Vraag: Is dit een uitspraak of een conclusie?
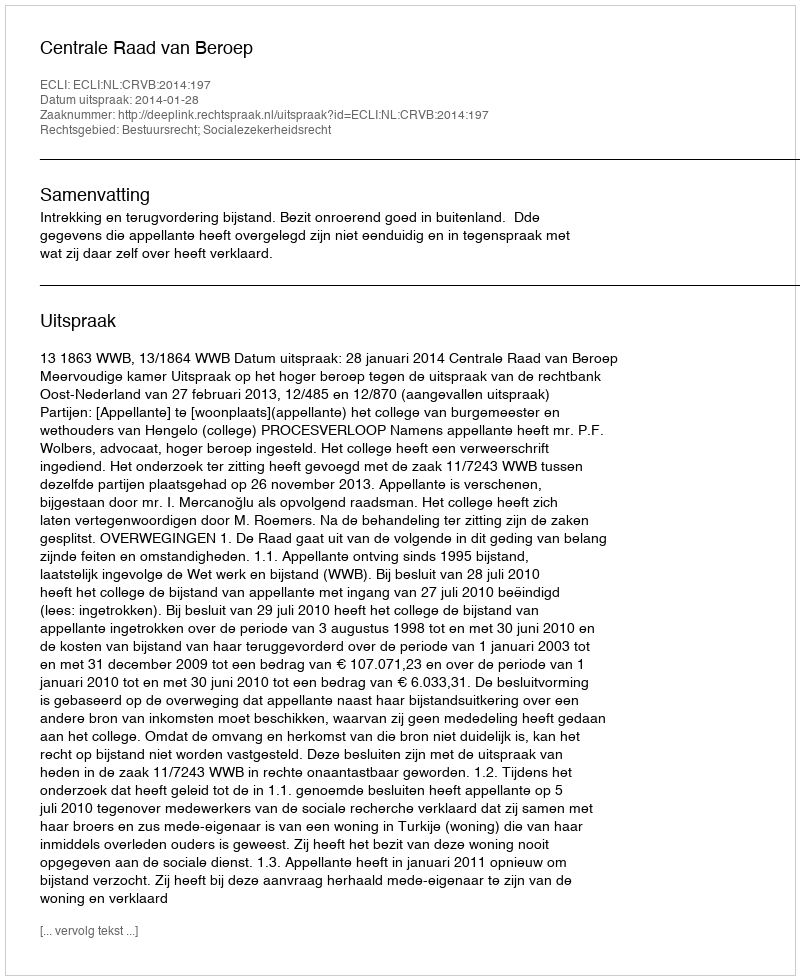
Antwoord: Uitspraak